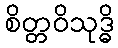
စိတ္တဝိသုဒ္ဓိ